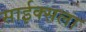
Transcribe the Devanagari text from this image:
साईक्सला